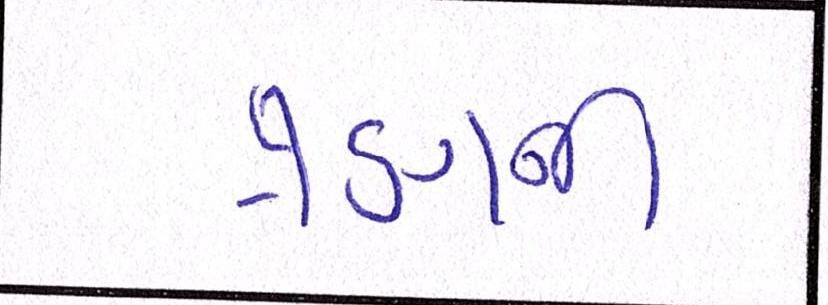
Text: ત્રણની